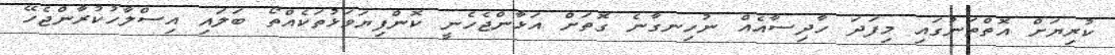
ކުރިޔަށް އޮތްތަނުގައި މިފަދަ ހާދިސާއެއް ނުހިނގާނެ ގޮތަށް އަޅާންޖެހެނީ ކޮންފިޔަވަޅުތަކެއްތޯ ބަލައި އިސްލާހުކުރާންޖެހޭ